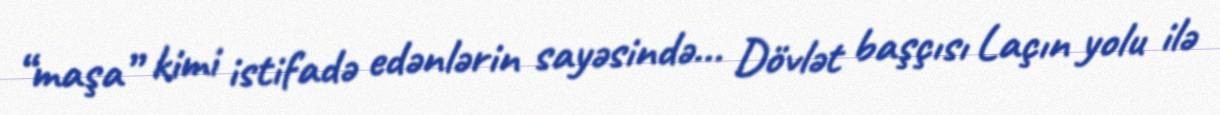
“maşa” kimi istifadə edənlərin sayəsində... Dövlət başçısı Laçın yolu ilə